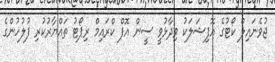
ޖުވެނައިލް ކޯޓުގެ އޮފިޝަލަކު ވިދާޅުވީ ސީން އޮފް ކްރައިމް ރިޕޯޓު ތައްޔާރުކުރި ފުލުހުންގެ